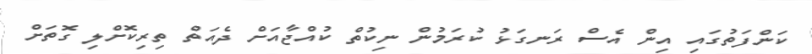
ކަންފަތުގައި އިން އެސް ރަނގަޅު ކުރަމުން ނިކުތް ކުއްޖާއަށް ދެއަތް ތިރިކޮށްލި ގޮތަށް